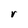
Character: r